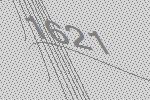
1621